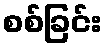
စစ်ခြင်း